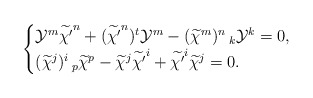
\begin{align*}\begin{cases} \mathcal{Y}^{m}\widetilde{\chi'}^{n}+(\widetilde{\chi'}^{n})^{t}\mathcal{Y}^{m}-(\widetilde{\chi}^{m})^{n}\,_{k}\mathcal{Y}^{k}=0,\cr (\widetilde{\chi}^{j})^{i}\,_{p}\widetilde{\chi}^{p}-\widetilde{\chi}^{j}\widetilde{\chi'}^{i}+\widetilde{\chi'}^{i}\widetilde{\chi}^{j}=0.\end{cases}\end{align*}